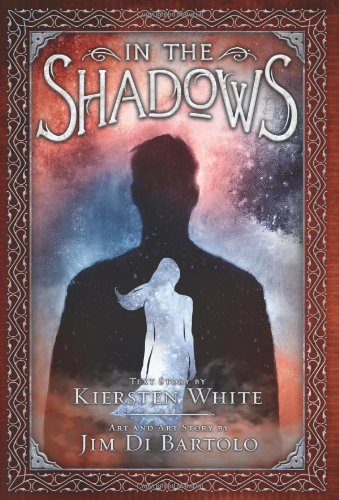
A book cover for In the Shadows; Kiersten White; Teen & Young Adult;